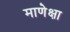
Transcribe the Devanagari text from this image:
माणेक्षा